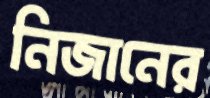
নিজানের